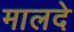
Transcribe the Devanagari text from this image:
मालदे